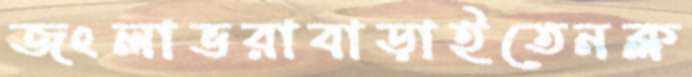
জংলাভরাবাড়াইতেনক্ল